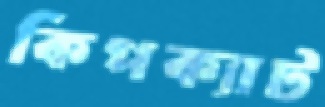
কিপক্যাট